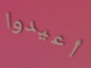
أعيدوا